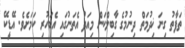
ތަފާތު ގިނަ ޚިދުމަތް ދިނުމުގެ ގާބިލްކަން މިއަދު އެތަނުގައި އެބަހުރި ކަމަށެވެ. އޭޑީކޭ